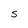
Character: S